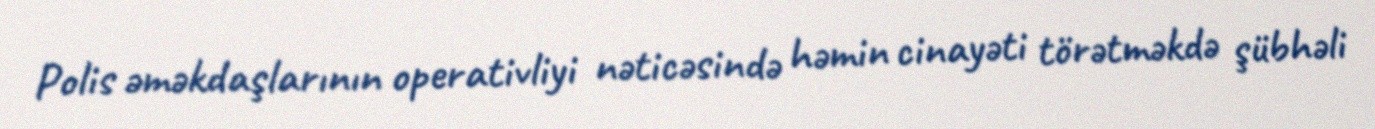
Polis əməkdaşlarının operativliyi nəticəsində həmin cinayəti törətməkdə şübhəli